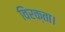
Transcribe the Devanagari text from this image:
विरक्ता।